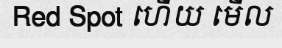
Red Spot ហើយ មើល